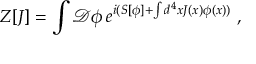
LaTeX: Z [ J ] = \int { \mathcal { D } } \phi \, e ^ { i ( S [ \phi ] + \int d ^ { 4 } x J ( x ) \phi ( x ) ) } ~ ,